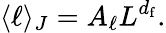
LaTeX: \langle\ell\rangle_{J}=A_{\ell}L^{d_{\mathrm{f}}}.